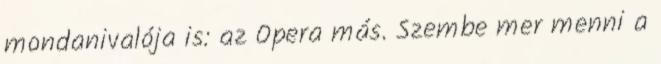
mondanivalója is: az Opera más. Szembe mer menni a